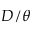
D / \theta